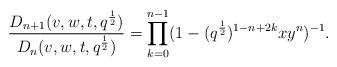
LaTeX: \begin{align*}\frac{D_{n+1}(v,w,t,q^{\frac{1}{2}})}{D_n(v,w,t,q^{\frac{1}{2}})} = \prod_{k=0}^{n-1} (1-(q^{\frac{1}{2}})^{1-n+2k}x y^{n})^{-1}.\end{align*}